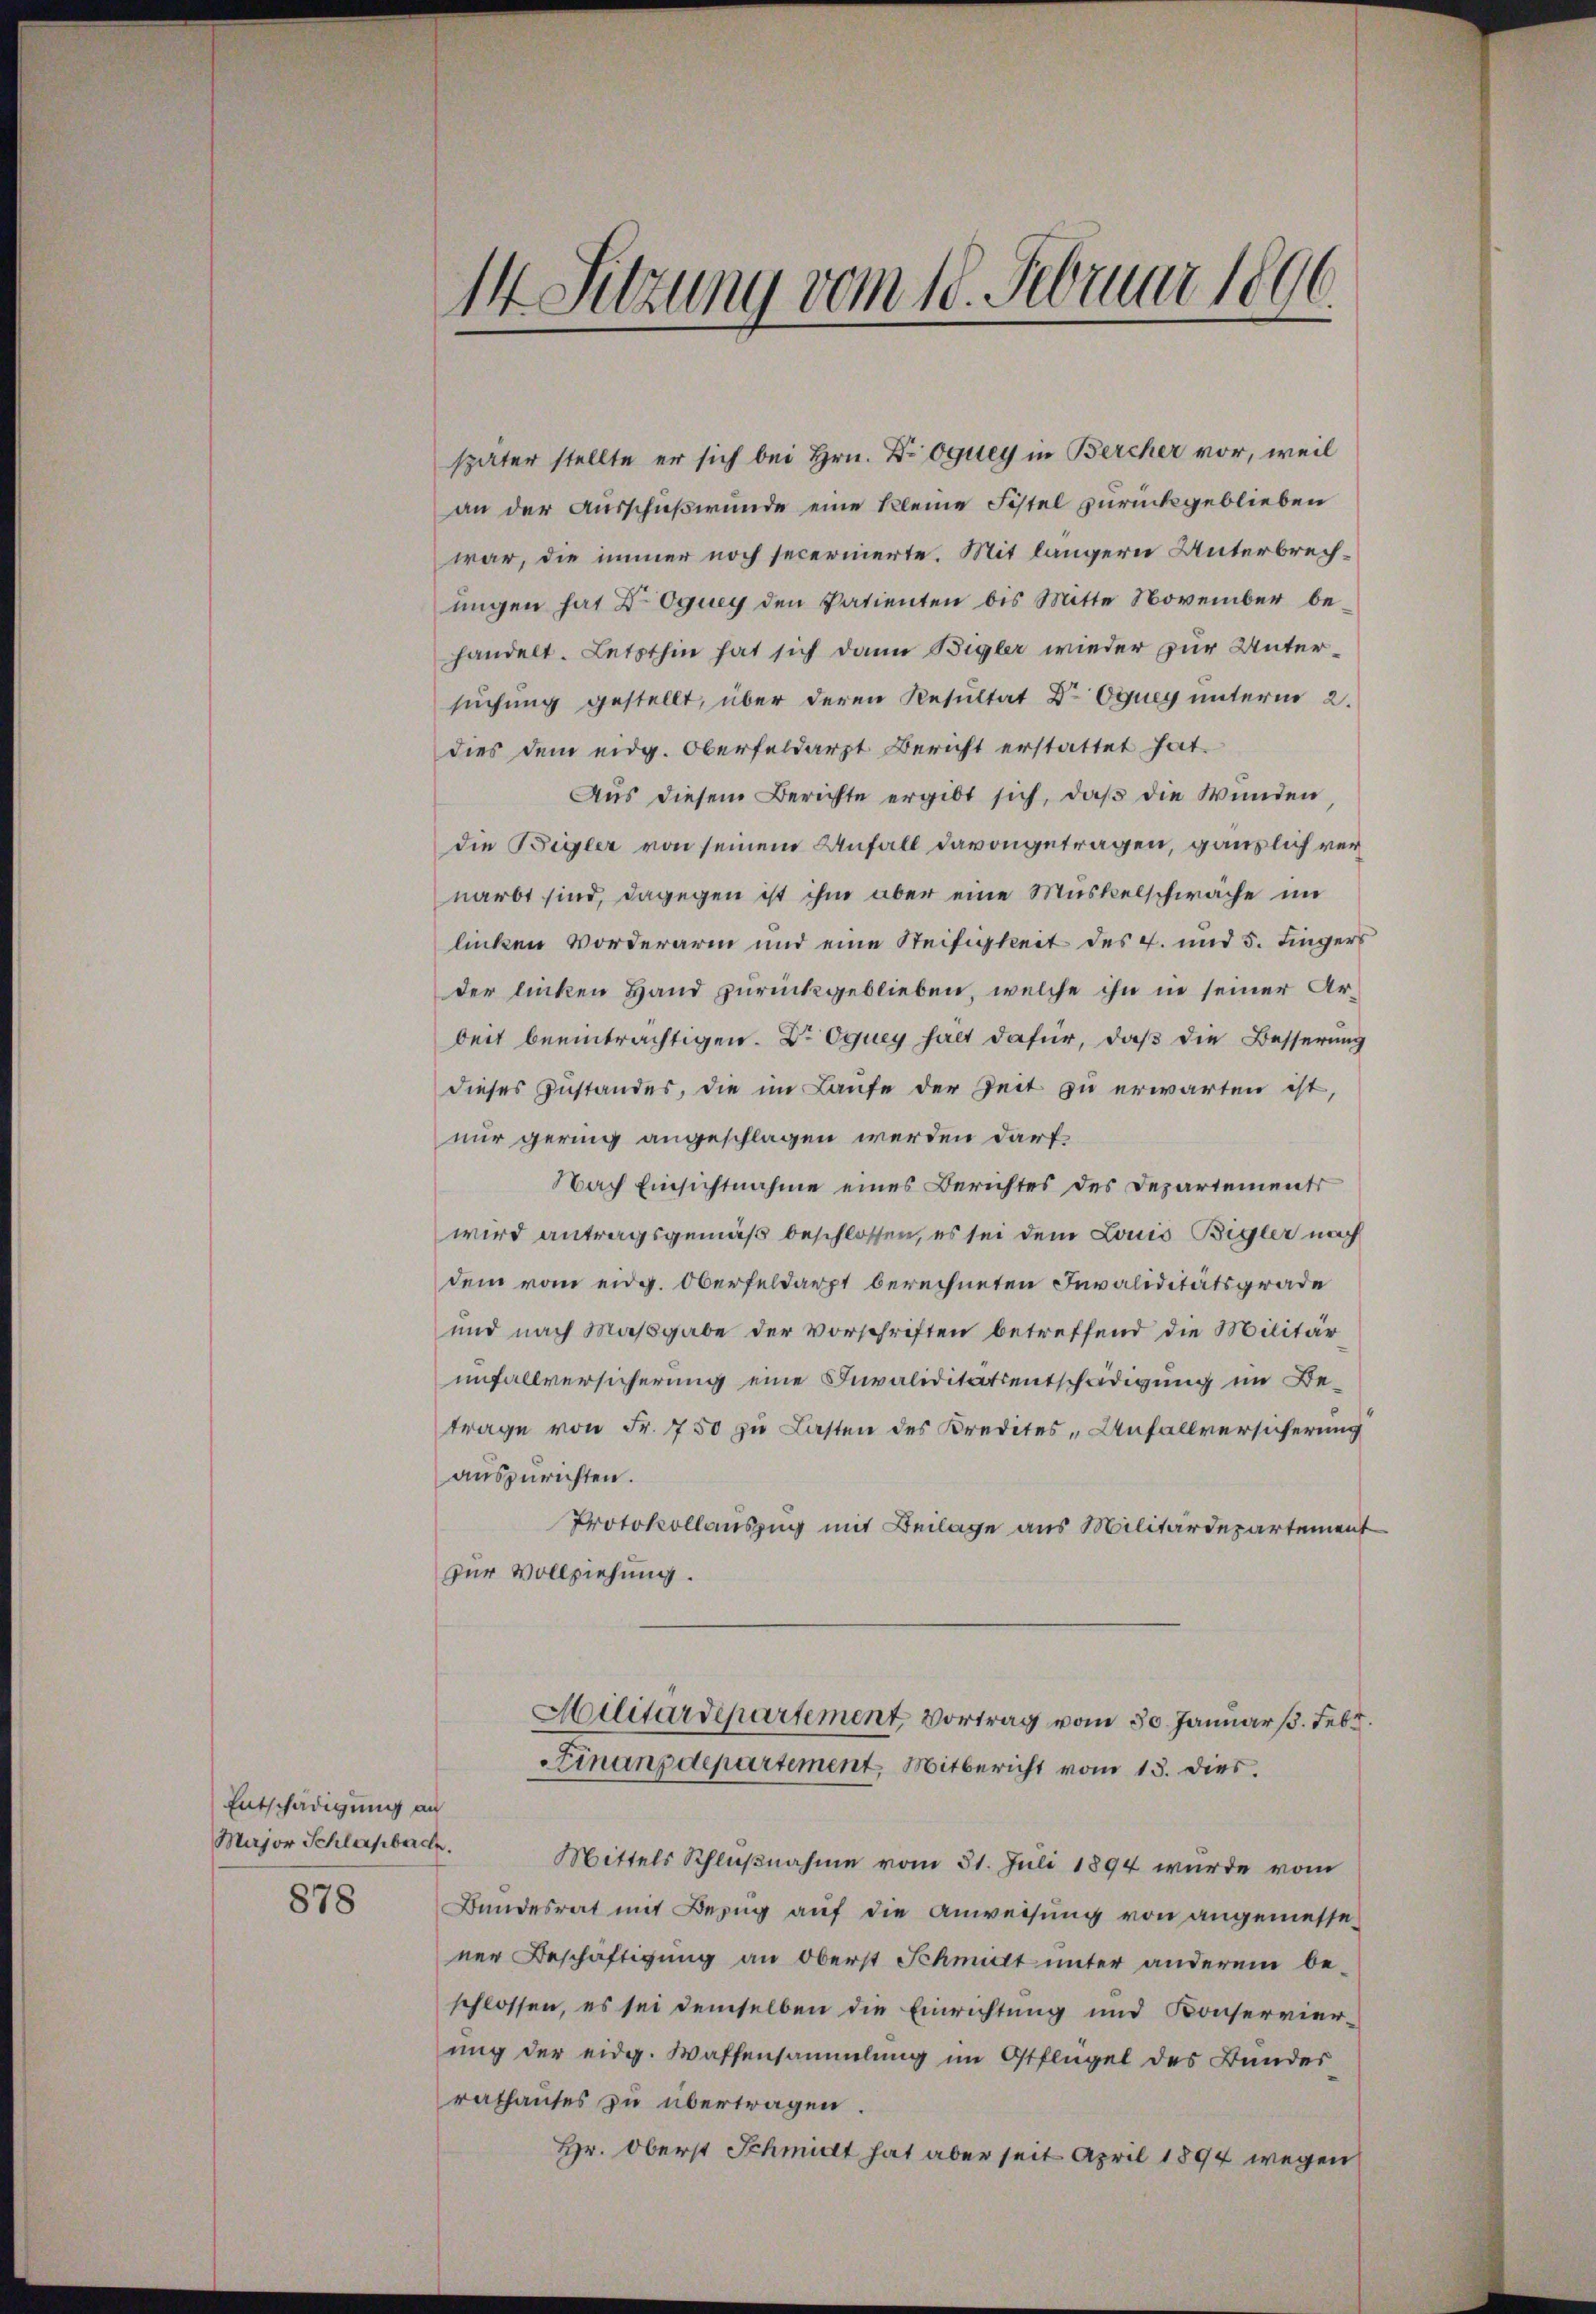
Entschädigung an
Major Schlafbarch
878

später stellte er sich bei Hrn. Dr. Oquey in Bercher vor, weil
an der Ausschußwunde eine kleine Fistel zurückgeblieben
war, die immer noch secernierte. Mit längern Unterbrechungen hat Dr. Oquey den Patienten bis Mitte November behandelt. Letzthin hat sich dann Begler wieder zur Untersuchung gestellt, über deren Resultat Dr Equeg unterm 2.
dies dem eidg. Oberfeldarzt Bericht erstattet hat.
Aus diesem Berichte ergibt sich, daß die Wunden
die Begler von seinem Anfall davongetragen, gänzlich vernärbt sind, dagegen ist ihm aber eine Muskelschwäche im
licken worderarm und eine Steifigkeit des 4. und 5. Fingers
der linken Hand zurückgeblieben, welche ihn in seiner Arbeit beeinträchtigen. Dr Equey halt dafür, daß die Besserung
dieses Zustandes, die im Laufe der Zeit zu erwarten ist
nur gering angeschlagen werden darf
Nach Einsichtnahme eines Berichtes des Departements
wird antragsgemäß beschlossen, es sei dem Louis Bigler nach
dem vom eidg. Oberfeldarpt berechneten Invaliditätsgrade
und nach Maßgabe der Vorschriften betreffend die Militär
unfallversicherung eine Invaliditätsentschädigung im Betrage von Fr. 750 zu Lasten des Kredites - Anfallversicherung
auszurichten.
Protokollauszug mit Beilage aus Militärdepartement
zur Vollziehung.
Militärdepartement Vortrag vom 30. Januar 1. Febr.
Finanzdepartement, Mitbericht vom 13. dies.
Mittels Schlŭβnahme vom 31. Juli 1894 wurde vom
Bandesrat mit Bezug auf die Anweisung von angemessener Beschäftigung an Oberst Schmidt unter anderem be-
schlossen, es sei demselben die Einrichtung und Konservierung der eidg. Waffensammlung im Otflügel des Bundes
rathauses zu übertragen.
Hr. Oberst Schmidt hat aber seit April 1894 wegen

14 Sitzung vom 18. Februar 1896.